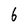
Character: 6